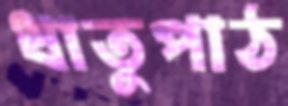
ধাতুপাঠ